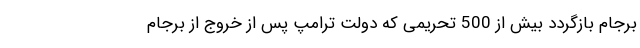
برجام بازگردد بیش از 500 تحریمی که دولت ترامپ پس از خروج از برجام